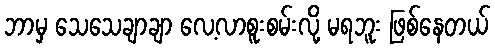
ဘာမှ သေသေချာချာ လေ့လာစူးစမ်းလို့ မရဘူး ဖြစ်နေတယ်